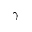
\gamma